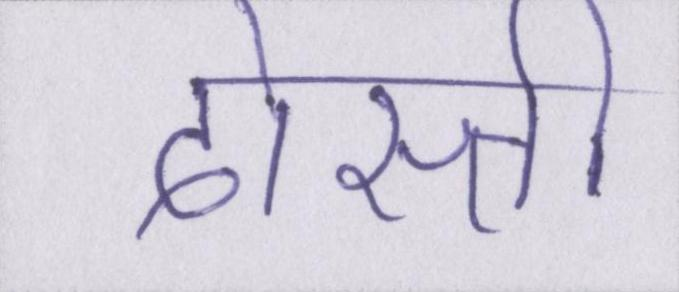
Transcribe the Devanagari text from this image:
दोस्ती